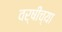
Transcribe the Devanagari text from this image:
वर्षींच्या